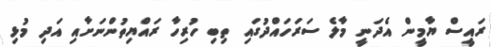
ރައީސް ޔާމީން އެދަނީ މާލެ ސަރަހައްދުގައި ތިބި ހުރިހާ ރައްޔިތުންނަށާއި އަދި މުޅި